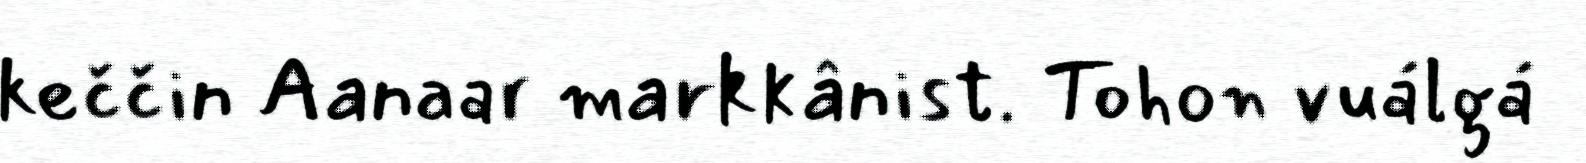
keččin Aanaar markkânist. Tohon vuálgá